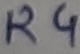
Text: R4